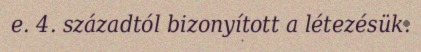
e. 4. századtól bizonyított a létezésük.